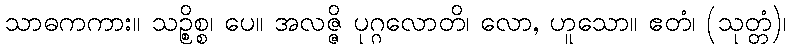
သာဓကကား။ သဉ္စိစ္စ၊ ပေ။ အလဇ္ဇိ ပုဂ္ဂလောတိ၊ လော, ဟူသော။ ဧတံ၊ (သုတ္တံ)၊